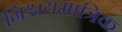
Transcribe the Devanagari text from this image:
निश्चयमात्रिक